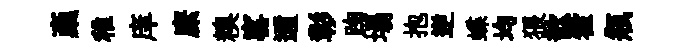
稾稚庠縻糗窰邇彰踘塌抱逆蝶均猥歆藿瓶